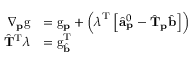
\begin{array} { r l } { \nabla _ { \mathbf { p } } \mathrm { g } } & { = \mathrm { g } _ { \mathbf { p } } + \left( \boldsymbol { \lambda } ^ { \mathrm { T } } \left[ \hat { \mathbf { a } } _ { \mathbf { p } } ^ { 0 } - \hat { \mathbf { T } } _ { \mathbf { p } } \hat { \mathbf { b } } \right] \right) } \\ { \hat { \mathbf { T } } ^ { \mathrm { T } } \boldsymbol { \lambda } } & { = \mathrm { g } _ { \hat { \mathbf { b } } } ^ { \mathrm { T } } } \end{array}